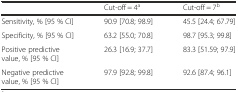
<table><thead><tr><td></td><td><b>Cut-off = 4<sup>a</sup></b></td><td><b>Cut-off = 7<sup>b</sup></b></td></tr></thead><tbody><tr><td>Sensitivity, % [95 % CI]</td><td>90.9 [70.8; 98.9]</td><td>45.5 [24.4; 67.79]</td></tr><tr><td>Specificity, % [95 % CI]</td><td>63.2 [55.0; 70.8]</td><td>98.7 [95.3; 99.8]</td></tr><tr><td>Positive predictive value, % [95 % CI]</td><td>26.3 [16.9; 37.7]</td><td>83.3 [51.59; 97.9]</td></tr><tr><td>Negative predictive value, % [95 % CI]</td><td>97.9 [92.8; 99.8]</td><td>92.6 [87.4; 96.1]</td></tr></tbody></table>